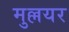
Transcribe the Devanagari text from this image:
मुल्लयर